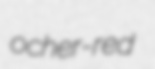
ocher-red